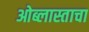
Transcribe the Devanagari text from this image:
ओब्लास्ताचा